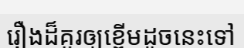
រឿងដ៏គួរឲ្យខ្ពើមដូចនេះទៅ